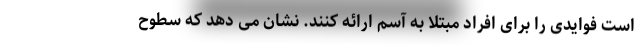
است فوایدی را برای افراد مبتلا به آسم ارائه کنند. نشان می دهد که سطوح